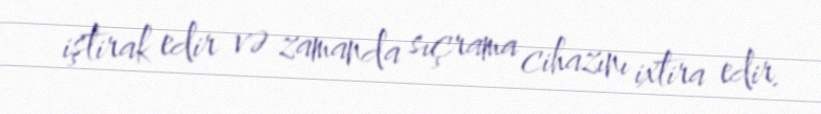
iştirak edir və zamanda sıçrama cihazını ixtira edir.